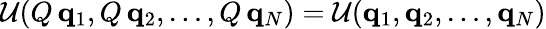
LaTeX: \mathcal{U}(Q\, \mathbf{{q}}_{1},Q\, \mathbf{{q}}_{2},\dots,Q\, \mathbf{{q}}_{N})=\mathcal{U}(\mathbf{{q}}_{1},\mathbf{{q}}_{2},\dots,\mathbf{{q}}_{N})